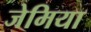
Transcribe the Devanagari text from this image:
जेमिया